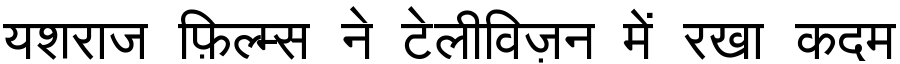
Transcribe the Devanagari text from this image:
यशराज फ़िल्म्स ने टेलीविज़न में रखा कदम